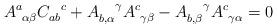
LaTeX: \begin{align*}A_{~\alpha\beta}^{a} C_{ab}^{~~c} + A_{b,\alpha}^{~~~\gamma} A_{~\gamma\beta}^{c} - A_{b,\beta}^{~~~\gamma} A_{~\gamma\alpha}^{c} = 0\end{align*}